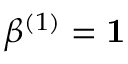
\beta ^ { ( 1 ) } = \mathbf { 1 }